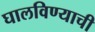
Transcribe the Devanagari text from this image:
घालविण्याची